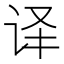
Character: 译